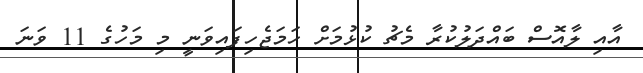
އާއި ލާއޮސް ބައްދަލުކުރާ މެޗު ކުޅުމަށް ހަމަޖެހިފައިވަނީ މި މަހުގެ 11 ވަނަ